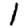
Digit: 1